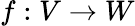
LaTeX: f:V\to W